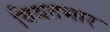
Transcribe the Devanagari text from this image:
विद्यतभार